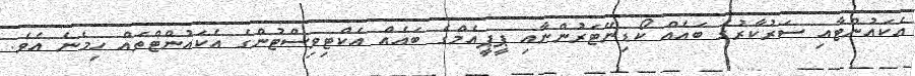
އެކައުންޓާއި ސަރުކާރުގެ ބައެއް ކޯޑިނޭޓަރުންނާއި ޕީޕީއެމްގެ ބައެއް އެކްޓިވިސްޓުންގެ އެކައުންޓްތައް ހިމެނެ އެވެ.